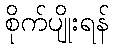
စိုက်ပျိုးရန်